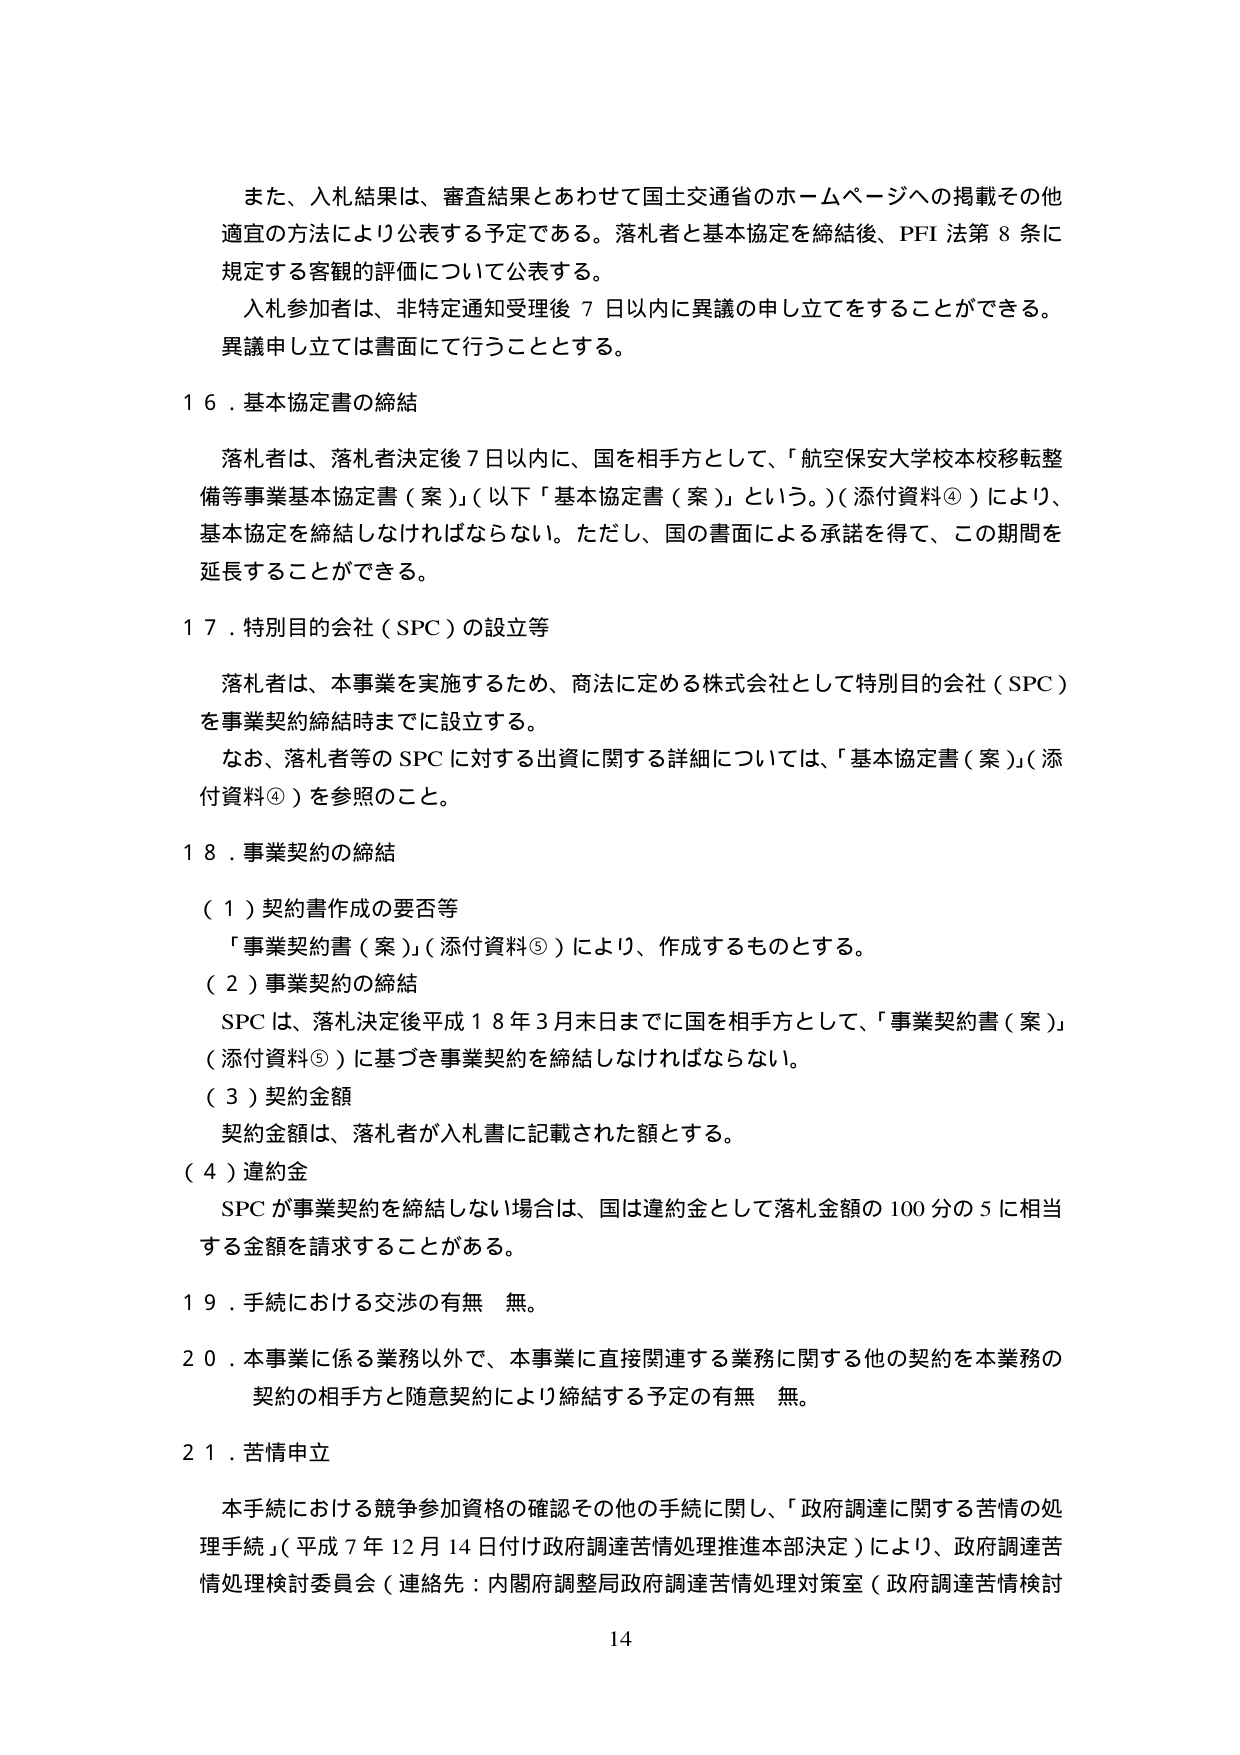
また、入札結果は、審査結果とあわせて国土交通省のホームページへの掲載その他適宜の方法により公表する予定である。落札者と基本協定を締結後、PFI 法第 8 条に規定する客観的評価について公表する。

入札参加者は、非特定通知受理後 7 日以内に異議の申し立てをすることができる。異議申し立ては書面にて行うこととする。

１６．基本協定書の締結

落札者は、落札者決定後 7 日以内に、国を相手方として、「航空保安大学校本校移転整備等事業基本協定書（案）」（以下「基本協定書（案）」という。）（添付資料④）により、基本協定を締結しなければならない。ただし、国の書面による承諾を得て、この期間を延長することができる。

１７．特別目的会社（SPC）の設立等

落札者は、本事業を実施するため、商法に定める株式会社として特別目的会社（SPC）を事業契約締結時までに設立する。

なお、落札者等の SPC に対する出資に関する詳細については、「基本協定書（案）」（添付資料④）を参照のこと。

１８．事業契約の締結

（１）契約書作成の要否等

「事業契約書（案）」（添付資料⑤）により、作成するものとする。

（２）事業契約の締結

SPC は、落札決定後平成 18 年 3 月末日までに国を相手方として、「事業契約書（案）」（添付資料⑤）に基づき事業契約を締結しなければならない。

（３）契約金額

契約金額は、落札者が入札書に記載された額とする。

（４）違約金

SPC が事業契約を締結しない場合は、国は違約金として落札金額の 100 分の 5 に相当する金額を請求することがある。

１９．手続における交渉の有無 無。

２０．本事業に係る業務以外で、本事業に直接関連する業務に関する他の契約を本業務の契約の相手方と随意契約により締結する予定の有無 無。

２１．苦情申立

本手続における競争参加資格の確認その他の手続に関し、「政府調達に関する苦情の処理手続」（平成 7 年 12 月 14 日付け政府調達苦情処理推進本部決定）により、政府調達苦情処理検討委員会（連絡先：内閣府調整局政府調達苦情処理対策室（政府調達苦情検討

14